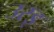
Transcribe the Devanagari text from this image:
उरइ